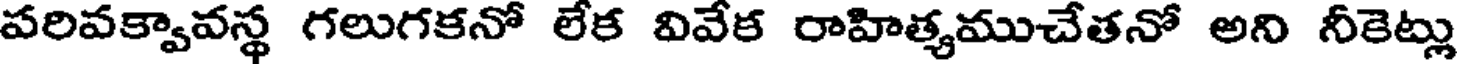
పరివక్వావస్థ గలుగకనో లేక వివేక రాహిత్యముచేతనో అని నీకెట్లు